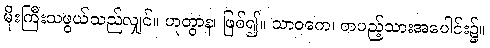
မိုးကြီးသဖွယ်သည်လျှင်။ ဟုတွာန၊ ဖြစ်၍။ သာဝကေ၊ တပည့်သားအပေါင်း၌။